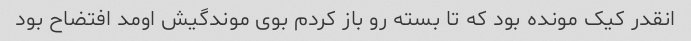
انقدر کیک مونده بود که تا بسته رو باز کردم بوی موندگیش اومد افتضاح بود